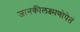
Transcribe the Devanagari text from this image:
जानकीलक्ष्मणोपेतं